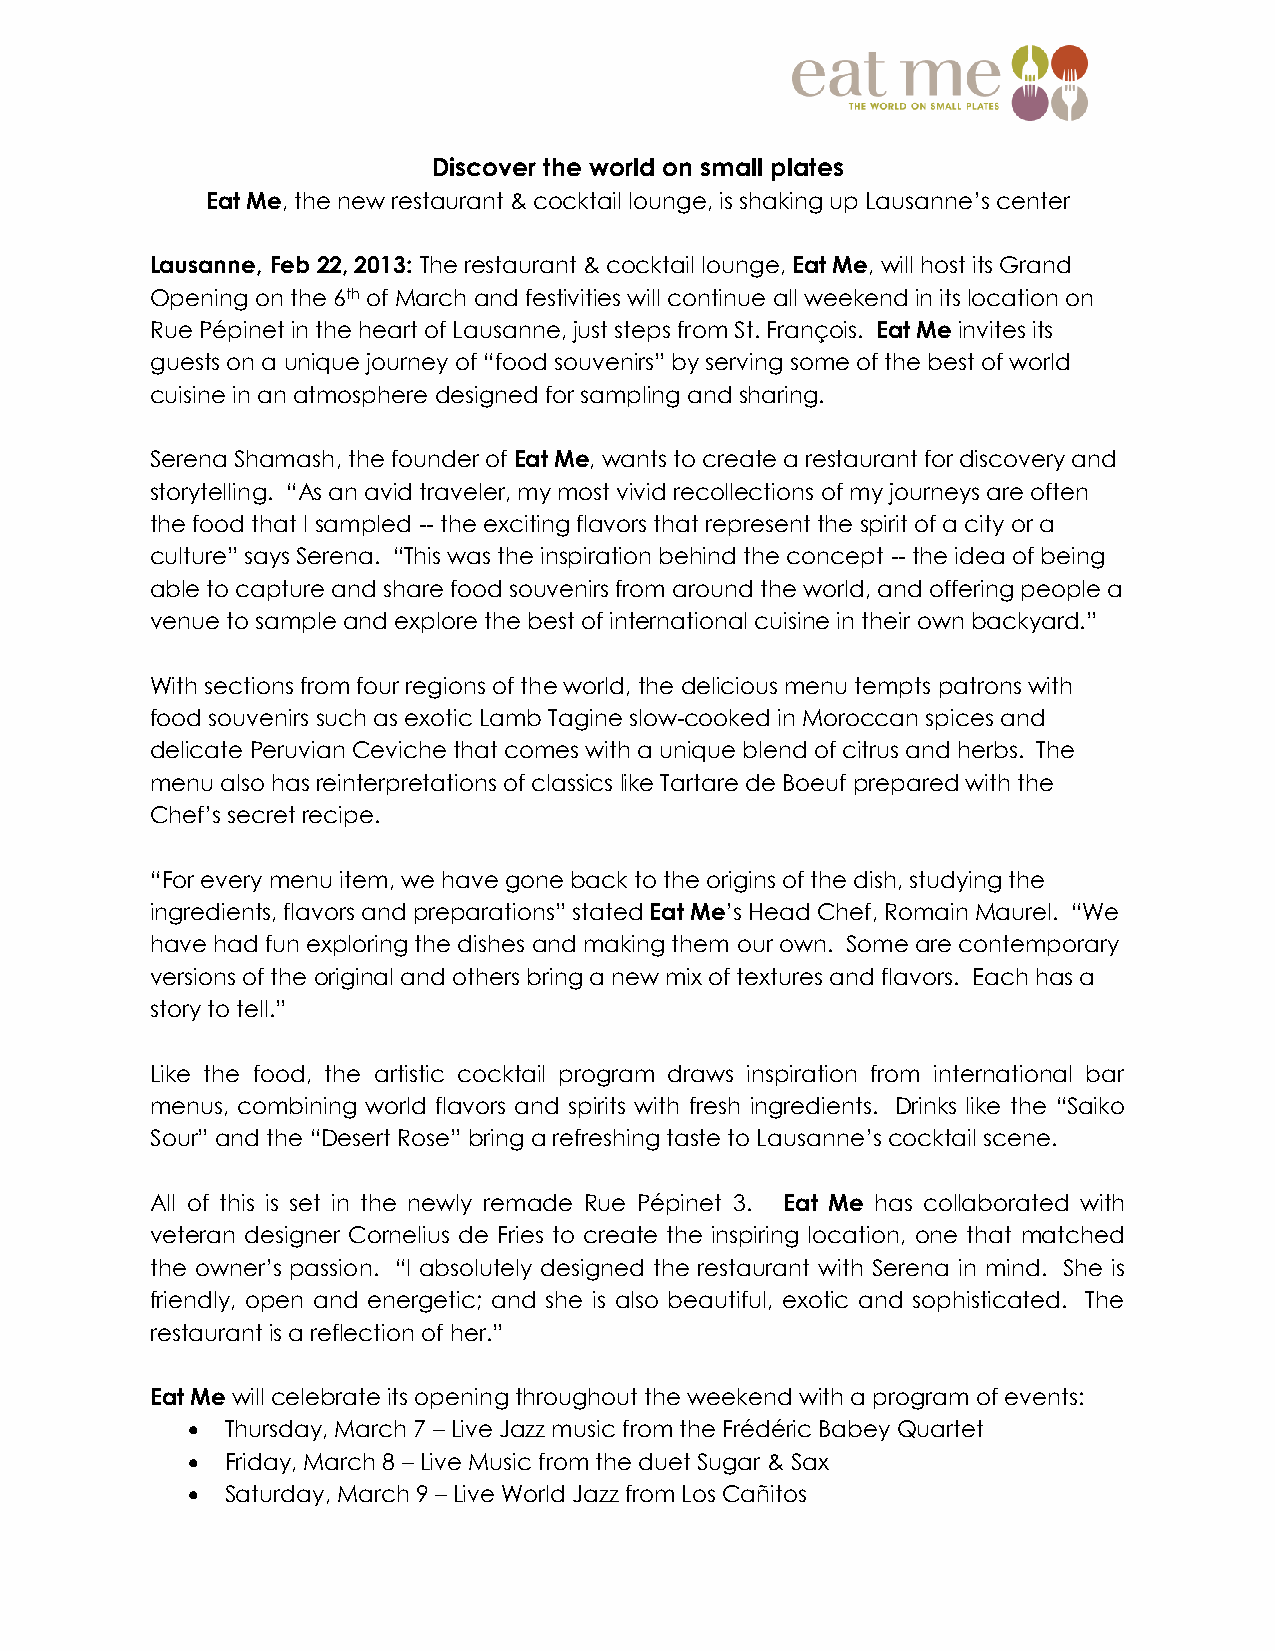
Discover the world on small plates
 Eat Me, the new restaurant & cocktail lounge, is shaking up Lausanne’s center
 Lausanne, Feb 22, 2013: The restaurant & cocktail lounge, Eat Me, will host its Grand
 Opening on the 6th of March and festivities will continue all weekend in its location on
 Rue Pépinet in the heart of Lausanne, just steps from St. François. Eat Me invites its
 guests on a unique journey of “food souvenirs” by serving some of the best of world
 cuisine in an atmosphere designed for sampling and sharing.
 Serena Shamash, the founder of Eat Me, wants to create a restaurant for discovery and
 storytelling. “As an avid traveler, my most vivid recollections of my journeys are often
 the food that I sampled -- the exciting flavors that represent the spirit of a city or a
 culture” says Serena. “This was the inspiration behind the concept -- the idea of being
 able to capture and share food souvenirs from around the world, and offering people a
 venue to sample and explore the best of international cuisine in their own backyard.”
 With sections from four regions of the world, the delicious menu tempts patrons with
 food souvenirs such as exotic Lamb Tagine slow-cooked in Moroccan spices and
 delicate Peruvian Ceviche that comes with a unique blend of citrus and herbs. The
 menu also has reinterpretations of classics like Tartare de Boeuf prepared with the
 Chef’s secret recipe.
 “For every menu item, we have gone back to the origins of the dish, studying the
 ingredients, flavors and preparations” stated Eat Me’s Head Chef, Romain Maurel. “We
 have had fun exploring the dishes and making them our own. Some are contemporary
 versions of the original and others bring a new mix of textures and flavors. Each has a
 story to tell.”
 Like the food, the artistic cocktail program draws inspiration from international bar
 menus, combining world flavors and spirits with fresh ingredients. Drinks like the “Saiko
 Sour” and the “Desert Rose” bring a refreshing taste to Lausanne’s cocktail scene.
 All of this is set in the newly remade Rue Pépinet 3. Eat Me has collaborated with
 veteran designer Cornelius de Fries to create the inspiring location, one that matched
 the owner’s passion. “I absolutely designed the restaurant with Serena in mind. She is
 friendly, open and energetic; and she is also beautiful, exotic and sophisticated. The
 restaurant is a reflection of her.”
 Eat Me will celebrate its opening throughout the weekend with a program of events:
   Thursday, March 7 – Live Jazz music from the Frédéric Babey Quartet
   Friday, March 8 – Live Music from the duet Sugar & Sax
   Saturday, March 9 – Live World Jazz from Los Cañitos